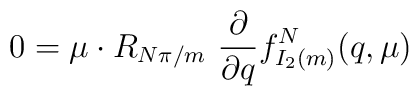
0 = \mu\cdot R_{{N\pi}/m}\ {\partial\over{\partial   q}}f_{I_{2}(m)}^{N}(q,\mu)